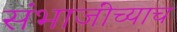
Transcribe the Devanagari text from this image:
संभाजींच्याच